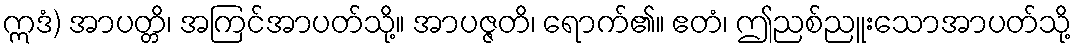
ဣဒံ) အာပတ္တိ၊ အကြင်အာပတ်သို့။ အာပဇ္ဇတိ၊ ရောက်၏။ ဧတံ၊ ဤညစ်ညူးသောအာပတ်သို့